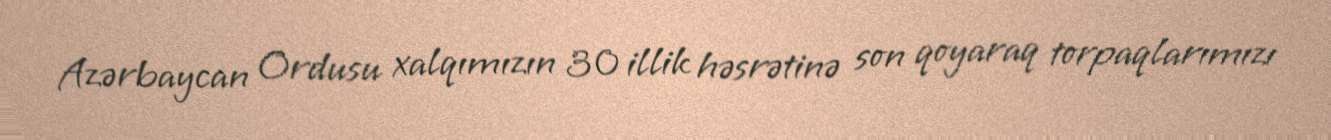
Azərbaycan Ordusu xalqımızın 30 illik həsrətinə son qoyaraq torpaqlarımızı